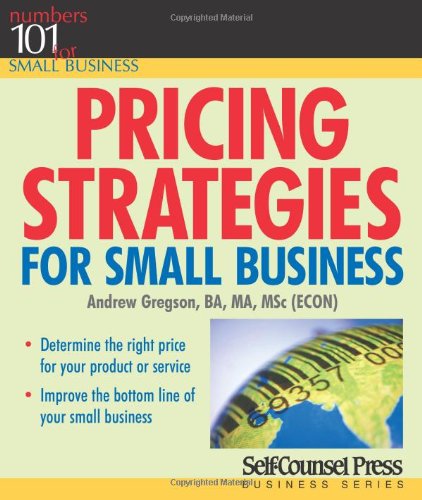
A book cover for Pricing Strategies for Small Business (101 for Small Business); Andrew Gregson; Business & Money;